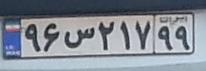
۹۶س۲۱۷۹۹